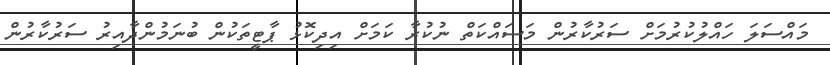
މައްސަލަ ހައްލުކުރުމަށް ސަރުކާރުން މަސައްކަތް ނުކުރާ ކަމަށް އިދިކޮޅު ޕާޓީތަކުން ބުނަމުންދާއިރު ސަރުކާރުން